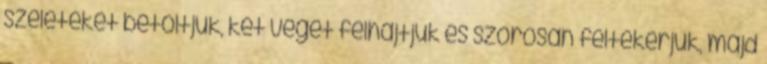
szeleteket betöltjük, két végét felhajtjuk és szorosan feltekerjük, majd